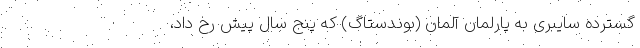
گسترده سایبری به پارلمان آلمان (بوندستاگ) که پنج سال پیش رخ داد،